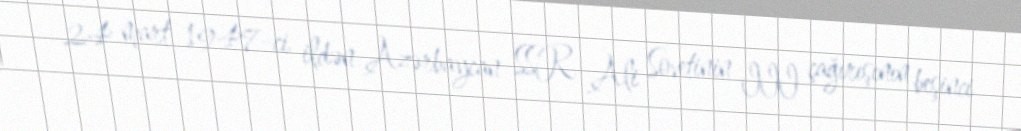
24 mart 1947-ci ildən Azərbaycan SSR Ali Sovetinin III çağırışının beşinci